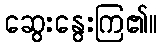
ဆွေးနွေးကြ၏။